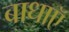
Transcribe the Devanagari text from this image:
बाधाऍ